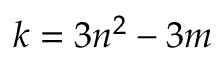
k = 3 n ^ { 2 } - 3 m